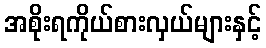
အစိုးရကိုယ်စားလှယ်များနှင့်